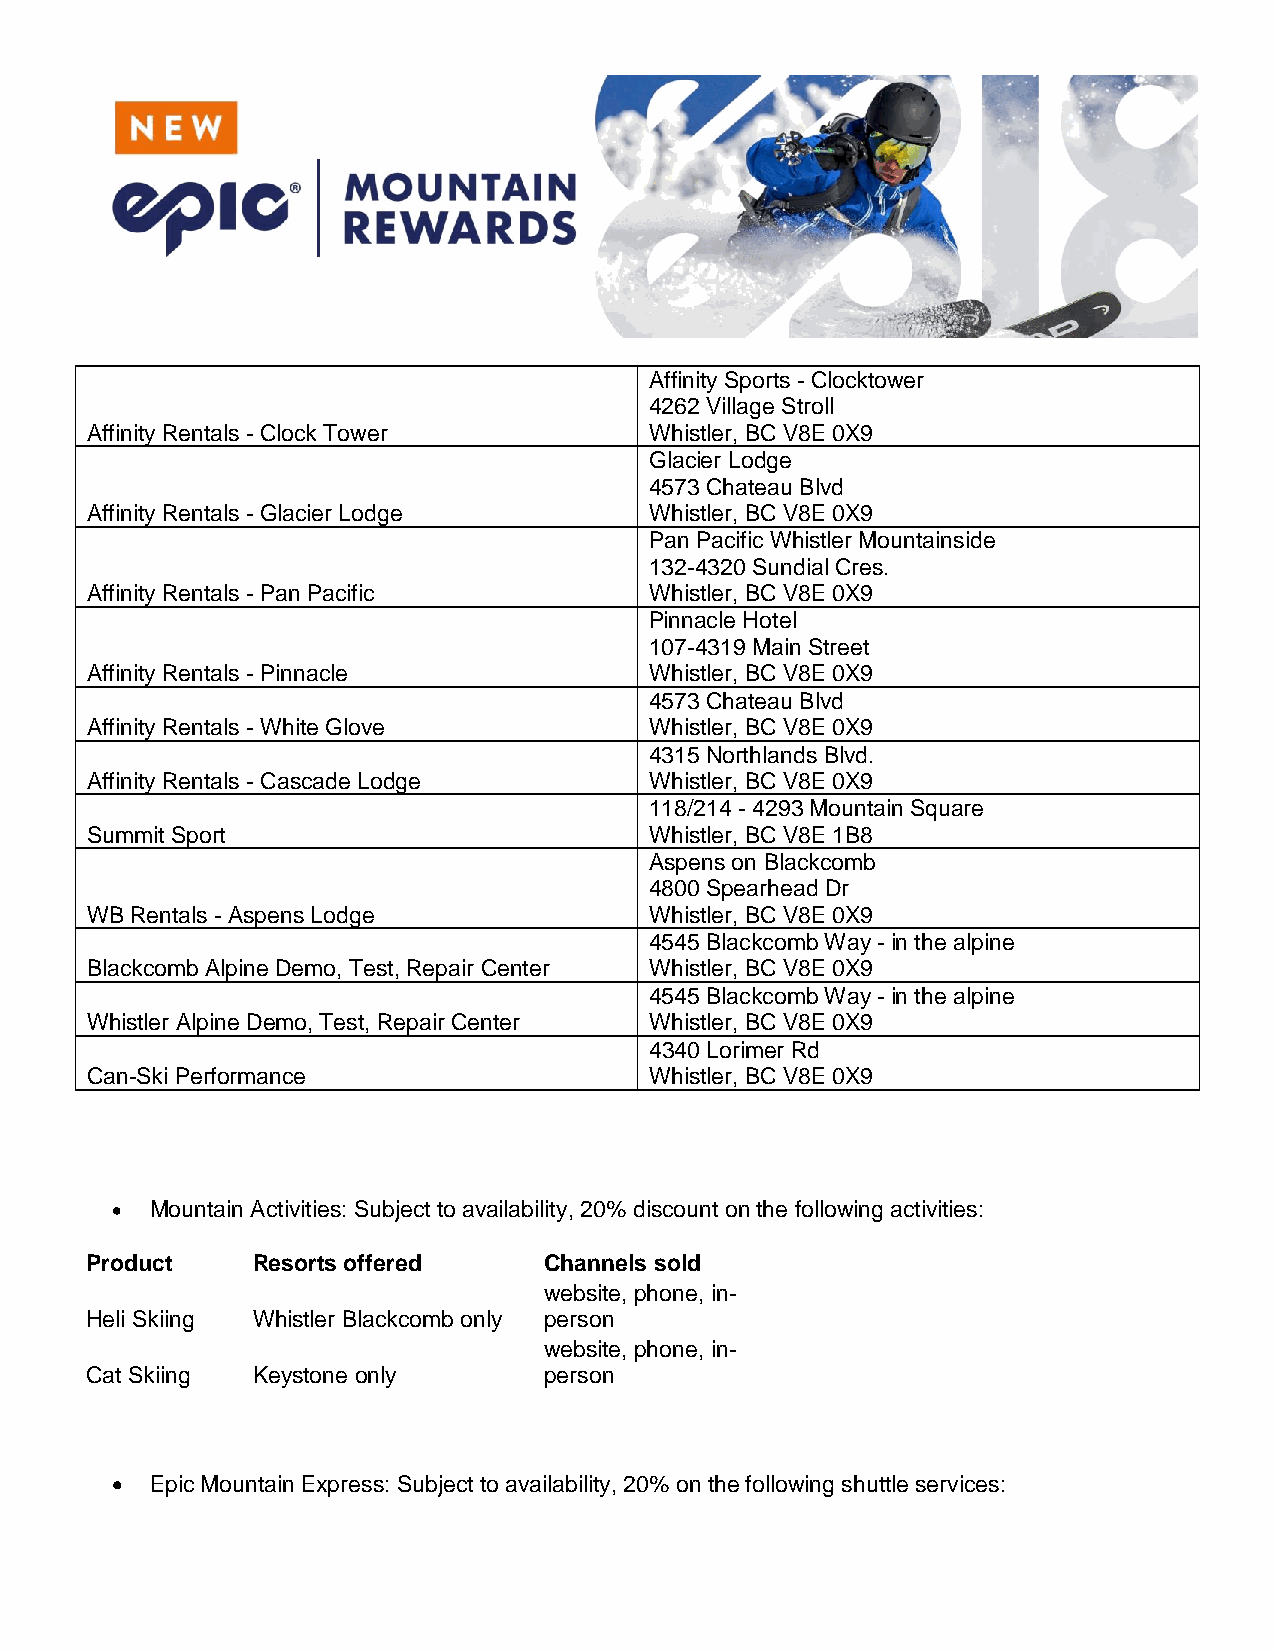
Affinity Sports - Clocktower
 4262 Village Stroll
 Affinity Rentals - Clock Tower       Whistler, BC V8E 0X9
 Glacier Lodge
 4573 Chateau Blvd
 Affinity Rentals - Glacier Lodge     Whistler, BC V8E 0X9
 Pan Pacific Whistler Mountainside
 132-4320 Sundial Cres.
 Affinity Rentals - Pan Pacific       Whistler, BC V8E 0X9
 Pinnacle Hotel
 107-4319 Main Street
 Affinity Rentals - Pinnacle          Whistler, BC V8E 0X9
 4573 Chateau Blvd
 Affinity Rentals - White Glove       Whistler, BC V8E 0X9
 4315 Northlands Blvd.
 Affinity Rentals - Cascade Lodge     Whistler, BC V8E 0X9
 118/214 - 4293 Mountain Square
 Summit Sport                         Whistler, BC V8E 1B8
 Aspens on Blackcomb
 4800 Spearhead Dr
 WB Rentals - Aspens Lodge            Whistler, BC V8E 0X9
 4545 Blackcomb Way - in the alpine
 Blackcomb Alpine Demo, Test, Repair Center Whistler, BC V8E 0X9
 4545 Blackcomb Way - in the alpine
 Whistler Alpine Demo, Test, Repair Center Whistler, BC V8E 0X9
 4340 Lorimer Rd
 Can-Ski Performance                  Whistler, BC V8E 0X9
   Mountain Activities: Subject to availability, 20% discount on the following activities:
 Product    Resorts offered    Channels sold
 website, phone, in-
 Heli Skiing Whistler Blackcomb only person
 website, phone, in-
 Cat Skiing Keystone only      person
   Epic Mountain Express: Subject to availability, 20% on the following shuttle services: